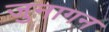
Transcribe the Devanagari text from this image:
जुनागन